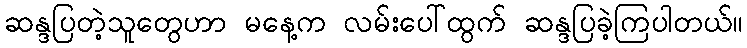
ဆန္ဒပြတဲ့သူတွေဟာ မနေ့က လမ်းပေါ်ထွက် ဆန္ဒပြခဲ့ကြပါတယ်။